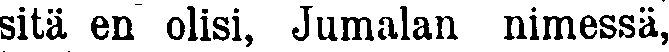
sitä en olisi, Jumalan nimessä,